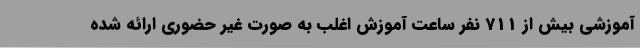
آموزشی بیش از 711 نفر ساعت آموزش اغلب به صورت غیر حضوری ارائه شده